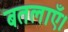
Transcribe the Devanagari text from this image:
बतलाएँ।